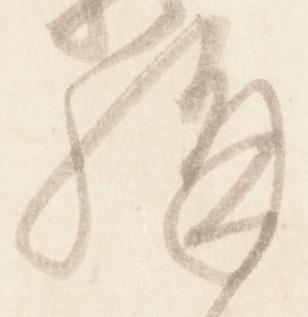
構